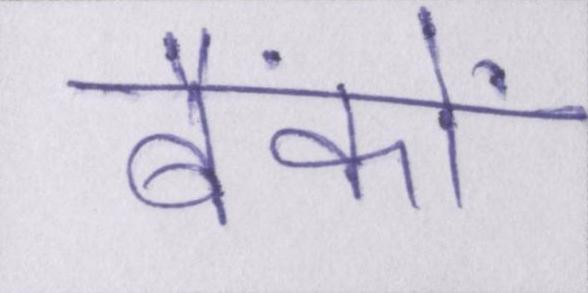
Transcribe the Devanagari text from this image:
बैंकों